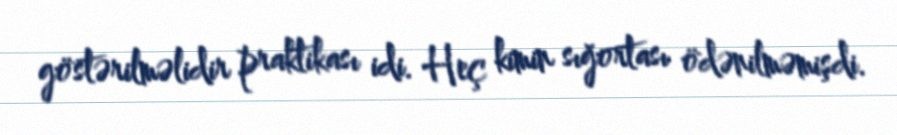
göstərilməlidir praktikası idi. Heç kimin sığortası ödənilməmişdi.